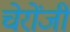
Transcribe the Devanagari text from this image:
चेरोंजी